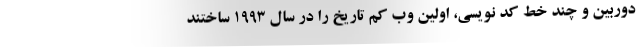
دوربین و چند خط کد نویسی، اولین وب کم تاریخ را در سال ۱۹۹۳ ساختند